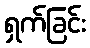
ရှက်ခြင်း